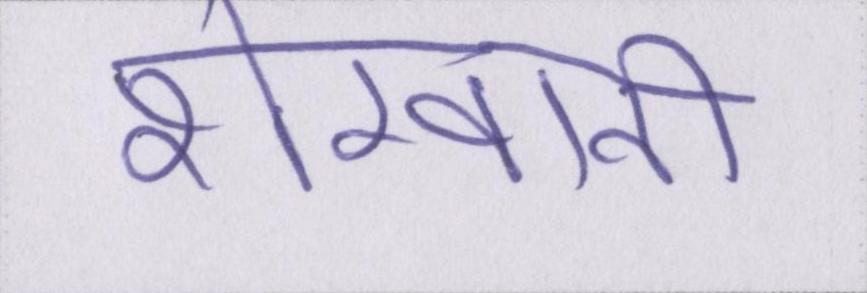
शेरवानी